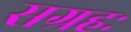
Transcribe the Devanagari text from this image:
सग्रहः